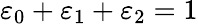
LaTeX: \varepsilon_{0}+\varepsilon_{1}+\varepsilon_{2}=1